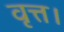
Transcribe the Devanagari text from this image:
वृत्त।